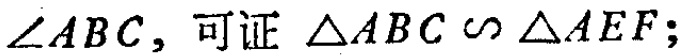
$\angle ABC$，可证 $\triangle ABC\sim\triangle AEF$；